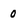
Character: 0